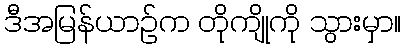
ဒီအမြန်ယာဉ်က တိုကျိုကို သွားမှာ။